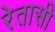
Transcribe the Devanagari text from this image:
रेतासी